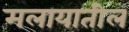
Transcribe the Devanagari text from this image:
मलायातील